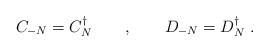
LaTeX: \begin{align*}C_{-N} = C_N^\dagger\qquad ,\qquad D_{-N} = D_N^\dagger\; .\end{align*}